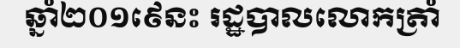
ឆ្នាំ២០១៩េនះ រដ្ឋបាលលោកត្រាំ